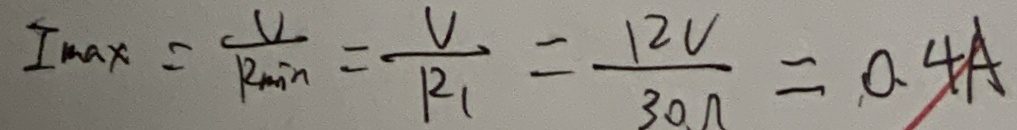
I _ { \max } = \frac { V } { R _ { \min } } = \frac { V } { R _ { 1 } } = \frac { 1 2 V } { 3 0 \Omega } = 0 . 4 A